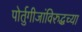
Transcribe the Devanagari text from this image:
पोर्तुगीजांविरुद्धच्या